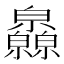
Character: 𤿁